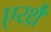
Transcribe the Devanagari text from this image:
एर्य्थ्रैँ